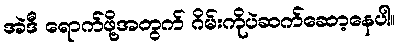
အဲဒီ ရောက်ဖို့အတွက် ဂိမ်းကိုပဲဆက်ဆော့နေပါ။